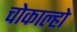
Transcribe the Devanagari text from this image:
चोकाल्हो